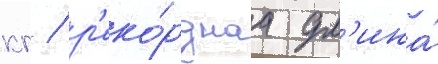
кг / р'еко́рднаа дл'ина́